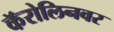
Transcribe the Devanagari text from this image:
कॅरोलिनवर